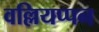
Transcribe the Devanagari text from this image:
वल्लियप्पन